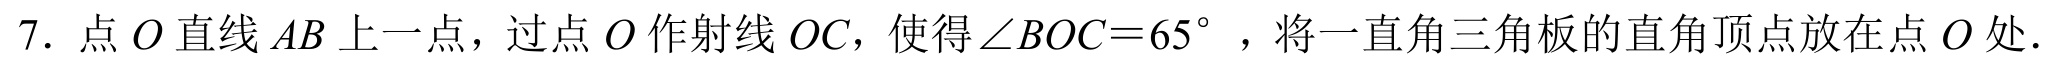
7. 点\(O\)直线\(AB\)上一点，过点\(O\)作射线\(OC\)，使得\(\angle BOC = 65^{\circ}\)，将一直角三角板的直角顶点放在点\(O\)处．